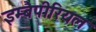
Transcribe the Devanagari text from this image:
इम्बैपीरियल